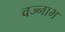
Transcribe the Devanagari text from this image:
वज्नाभ